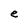
Character: e